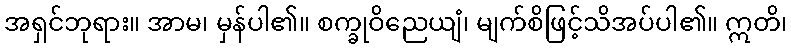
အရှင်ဘုရား။ အာမ၊ မှန်ပါ၏။ စက္ခုဝိညေယျံ၊ မျက်စိဖြင့်သိအပ်ပါ၏။ ဣတိ၊